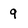
Character: 9